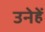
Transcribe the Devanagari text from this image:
उनेहें